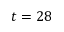
t = 2 8